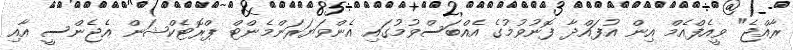
ރާއްޖެ" ވީއެފްއެމް އިން އުފައްދާ ފޮނުވުމުގެ އެއްބަސްވުމުގައި އެންވަޔަރަންމެންޓް ޕްރޮޓެކްޝަން އެޖެންސީ އާއި